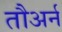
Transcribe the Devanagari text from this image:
तौअर्न